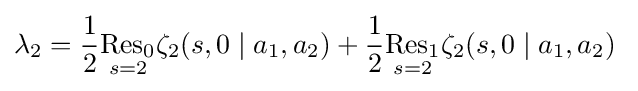
\lambda _{2}={\frac {1}{2}}{\underset {s=2}{\operatorname {Res} _{0}}}\zeta _{2}(s,0\mid a_{1},a_{2})+{\frac {1}{2}}{\underset {s=2}{\operatorname {Res} _{1}}}\zeta _{2}(s,0\mid a_{1},a_{2})\